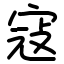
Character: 寇